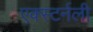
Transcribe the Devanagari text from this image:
एक्स्टर्नली